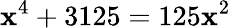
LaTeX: \mathbf{x}^{4}+3125=125\mathbf{x}^{2}